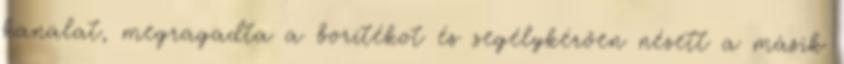
kanalat, megragadta a borítékot és segélykérően nézett a másik